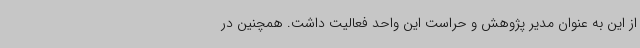
از این به عنوان مدیر پژوهش و حراست این واحد فعالیت داشت. همچنین در